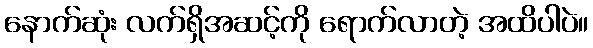
နောက်ဆုံး လက်ရှိအဆင့်ကို ရောက်လာတဲ့ အထိပါပဲ။